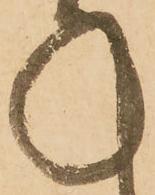
承